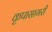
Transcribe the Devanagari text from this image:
कृपासागरी